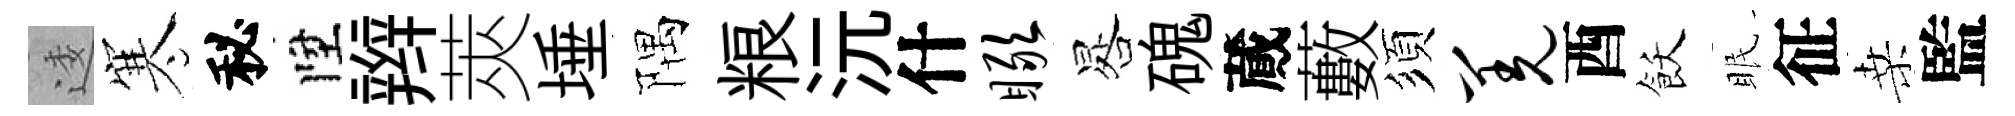
逶寒秘陞辫莢埵隅粮沅什瞰晷磈蕆藪須羌酉飫眠征桑監